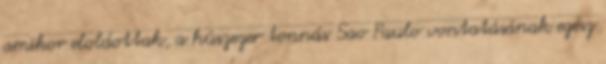
amikor eloldottak, a húszezer tonnás Sao Paulo vontatásának egész